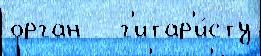
орган   г'итар'и́сту